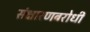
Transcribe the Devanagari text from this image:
संक्षारणबरोधी